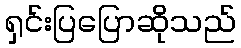
ရှင်းပြပြောဆိုသည်